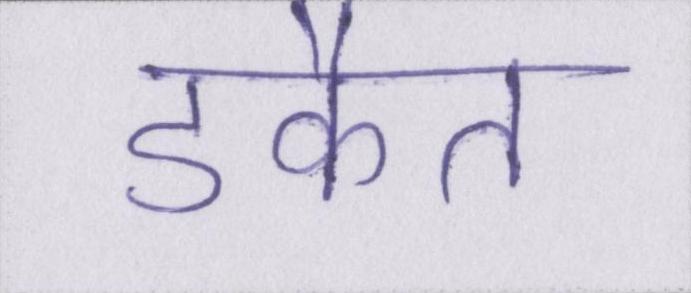
डकैत